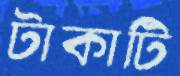
টাকাটি